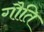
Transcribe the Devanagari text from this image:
गौति